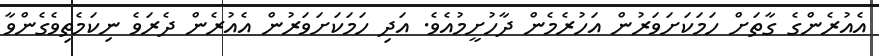
އެއުރެންގެ ގާތަށް ހަމަކަށަވަރުން އަހުރެމެން ދާހުށީމުއެވެ. އަދި ހަމަކަށަވަރުން އެއުރެން ދެރަވެ ނިކަމެތިވެގެންވާ